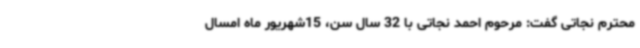
محترم نجاتی گفت: مرحوم احمد نجاتی با 32 سال سن، 15شهریور ماه امسال